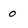
Character: 0